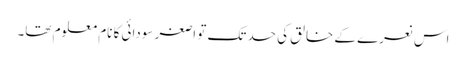
اس نعرے کے خالق کی حد تک تو اصغر سودائی کا نام معلوم تھا۔